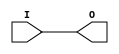
module IBUF_GTL_DCI (O, I);

    output O;

    input  I;

	buf B1 (O, I);


endmodule